DOW-UAP-D48, Department of the Air Force Report, 1996
Agency: Department of War
Incident date: 9/10/96
Page 96
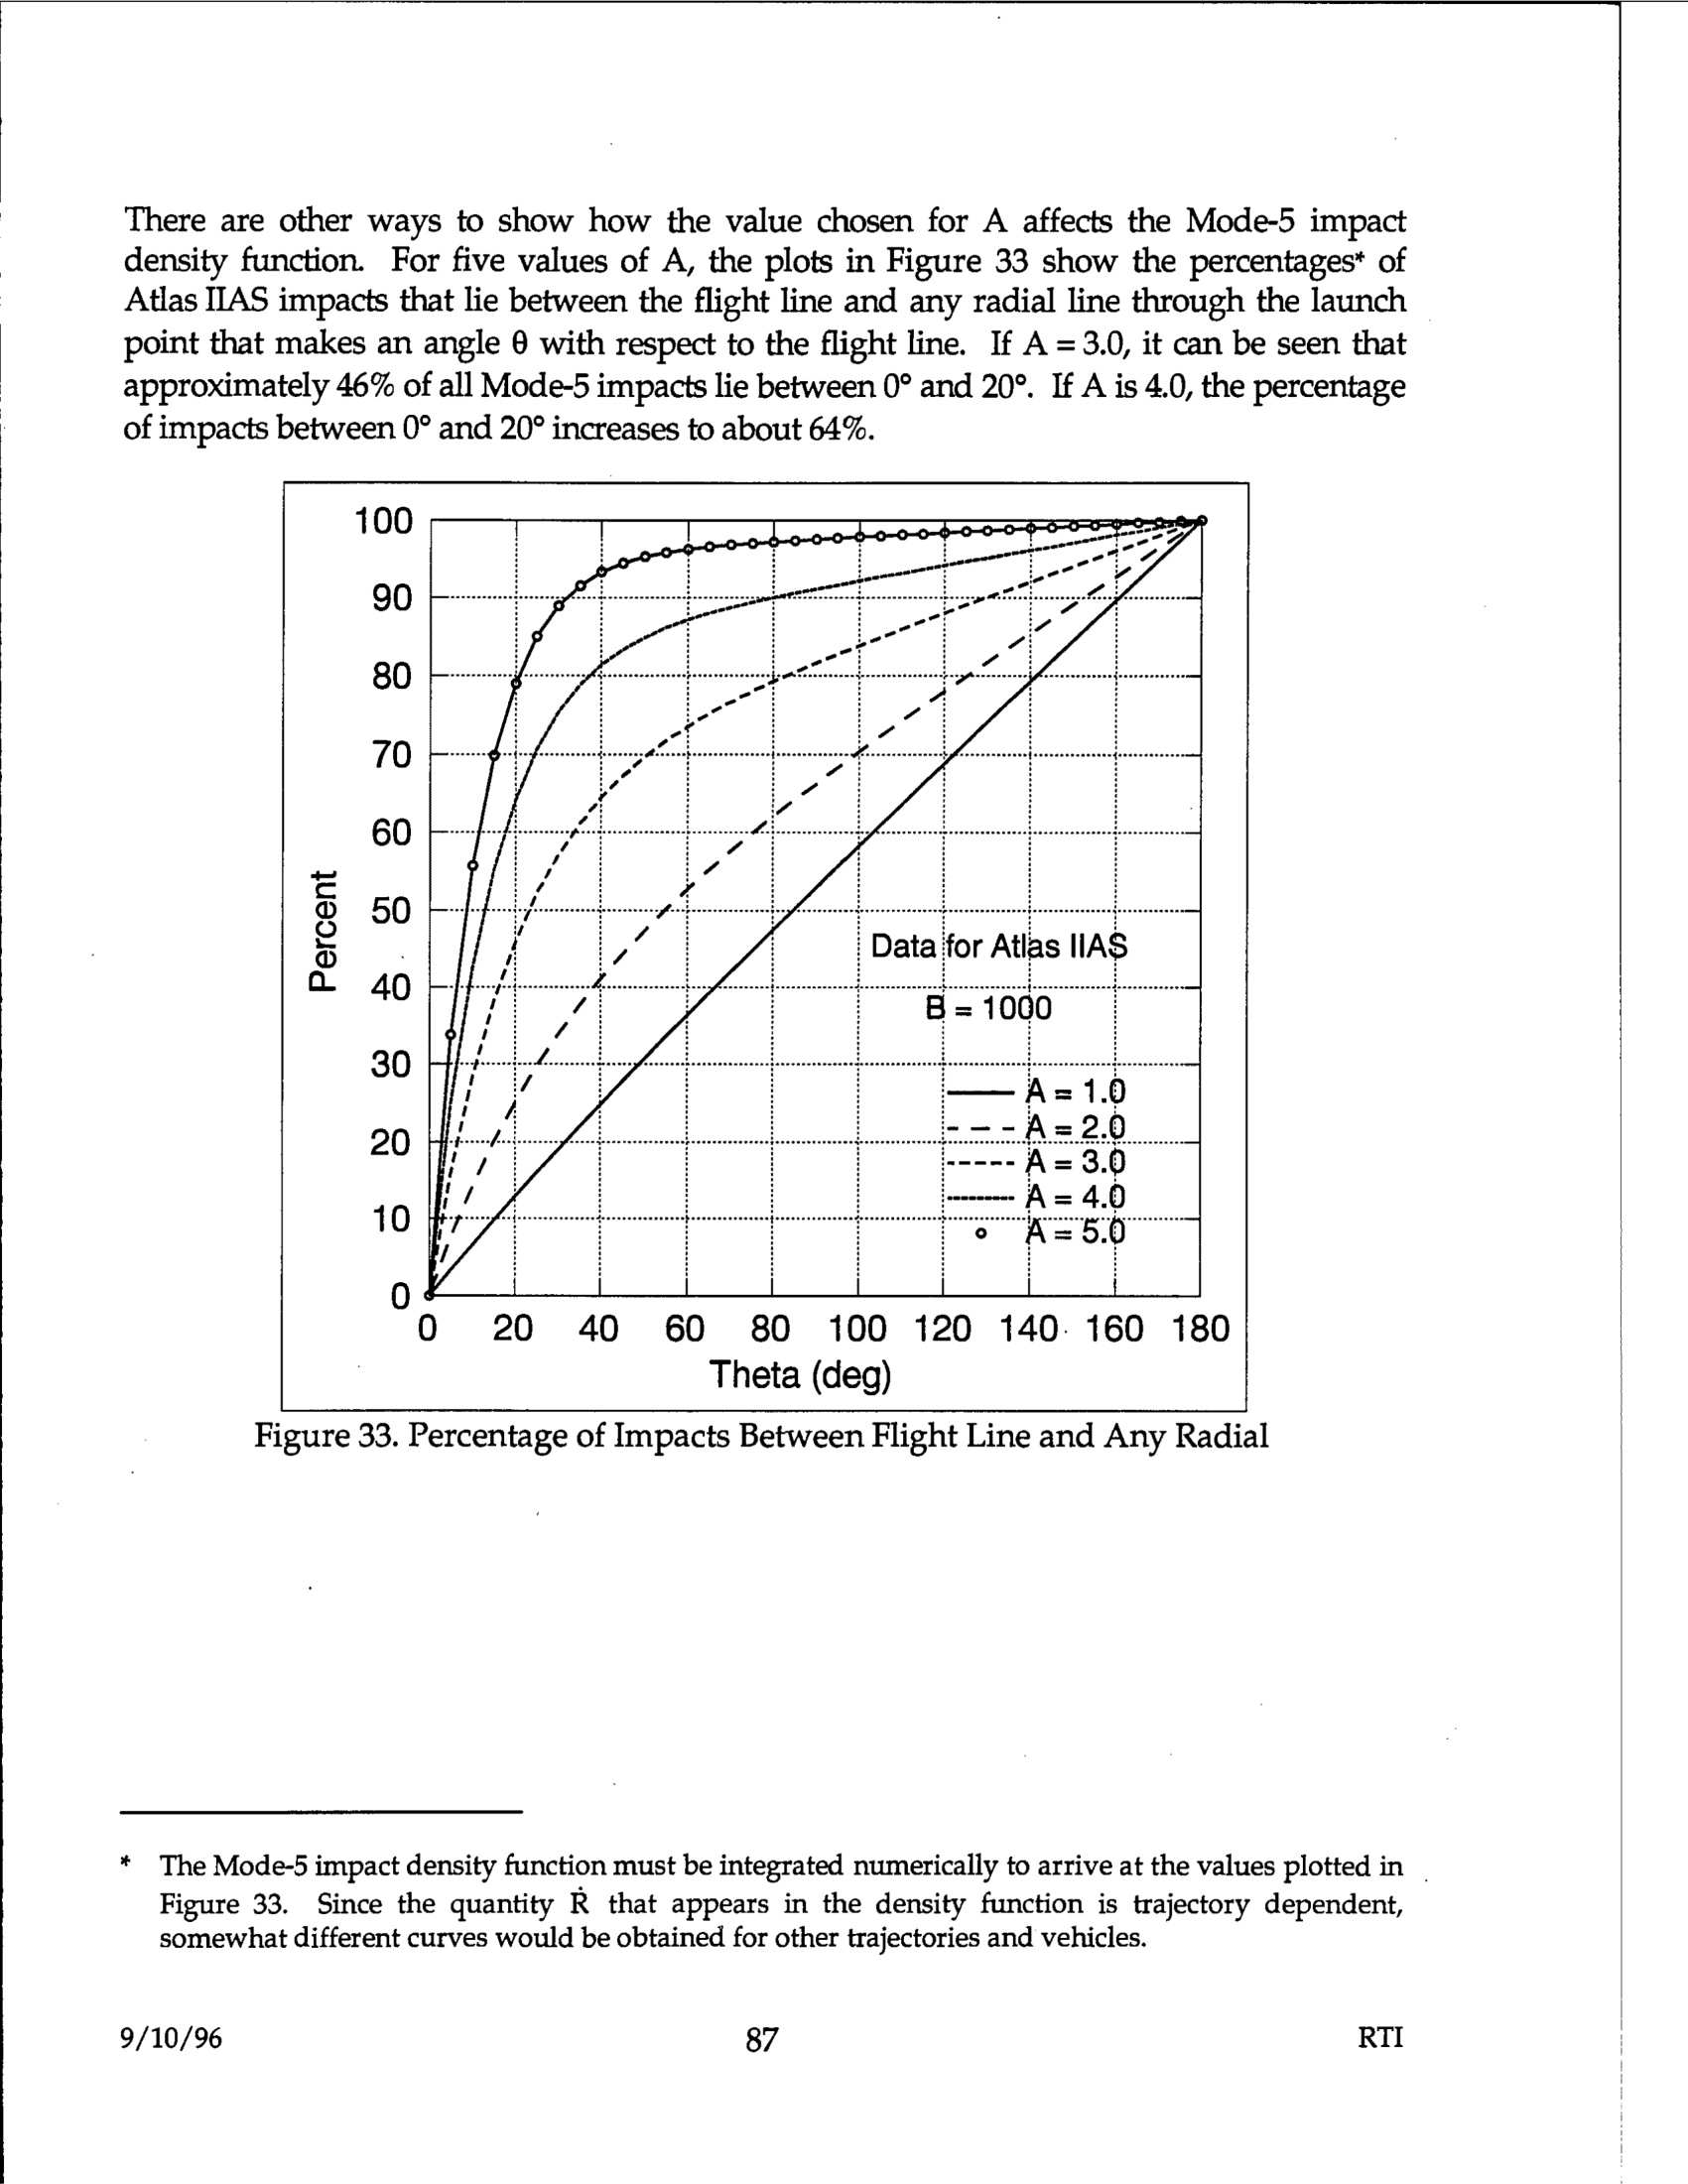